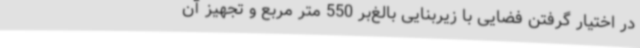
در اختیار گرفتن فضایی با زیربنایی بالغ‌بر 550 متر مربع و تجهیز آن